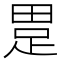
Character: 𤲊